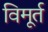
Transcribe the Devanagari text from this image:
विमूर्त